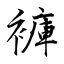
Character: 褲